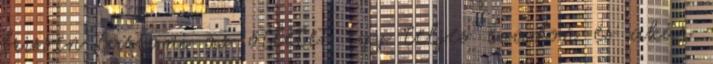
frissen tartani az ötletet egy teljes évadon és akár